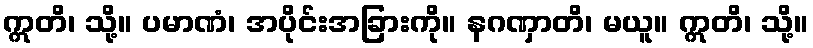
ဣတိ၊ သို့။ ပမာဏံ၊ အပိုင်းအခြားကို။ နဂဏှာတိ၊ မယူ။ ဣတိ၊ သို့။